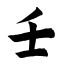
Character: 壬